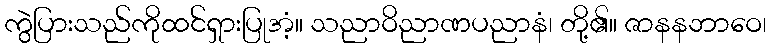
ကွဲပြားသည်ကိုထင်ရှားပြုအံ့။ သညာဝိညာဏပညာနံ၊ တို့၏။ ဇာနနဘာဝေ၊